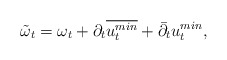
\begin{align*} \tilde{\omega}_t= \omega_t+ \partial_t \overline{u_t ^{min}} + \bar\partial_t u_t ^{min},\end{align*}